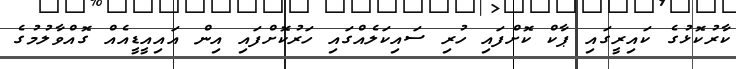
ކާރުކޮޅުގެ ކައިރީގައި ޕާކް ކޮށްފައި ހުރި ސައިކަލެއްގައި ހަރުކޮށްފައި އިން އައިއީޑީއެއް ގޮއްވާލުމުގެ